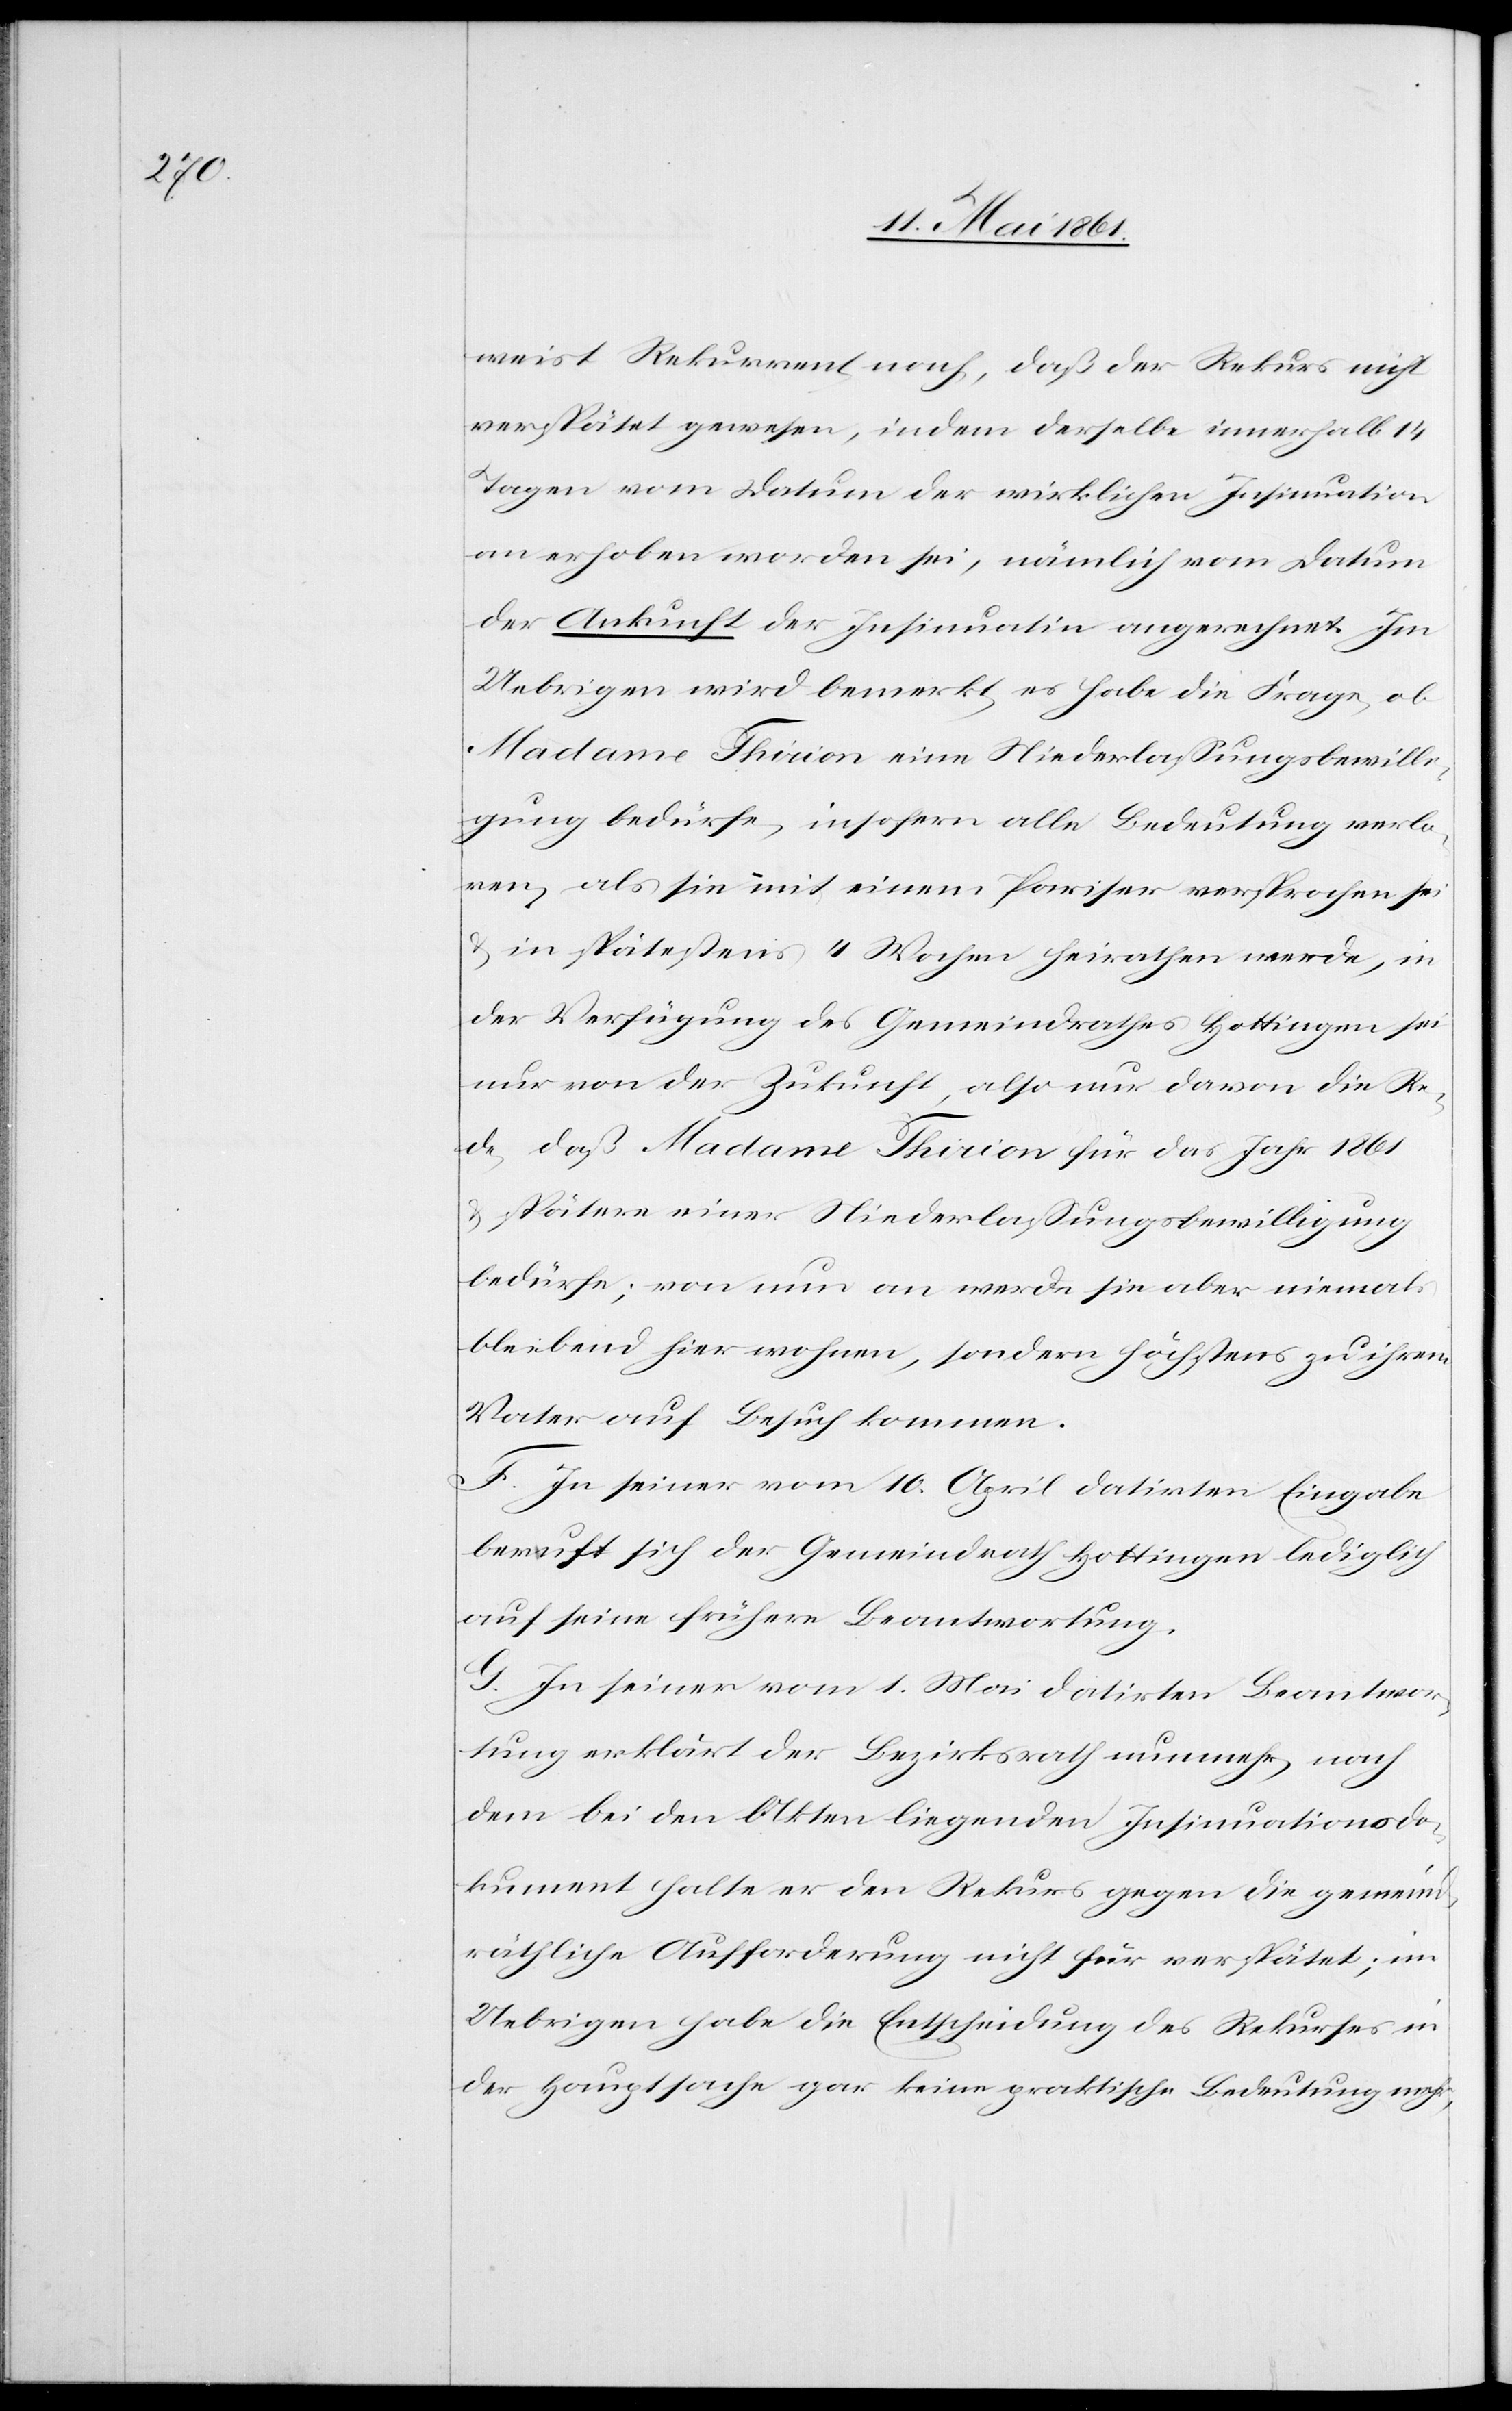
weist Rekurrent nach, daß der Rekurs nicht
verspätet gewesen, indem derselbe innerhalb 14
Tagen vom Datum der wirklichen Insinuation
an erhoben worden sei, nämlich vom Datum
der Ankunft der Insinuation angerechnet. Im
Uebrigen wird bemerkt, es habe die Frage, ob
Madame Thirion eine Niederlassungsbewilli¬
gung bedürfe, insofern alle Bedeutung verlo¬
ren, als sie mit einem Pariser versprochen sei
u. in spätestens 4 Wochen heirathen werde, in
der Verfügung des Gemeindrathes Hottingen sei
nur von der Zukunft, also nur davon die Re¬
de, daß Madame Thirion für das Jahr 1861
u. spätere einer Niederlassungsbewilligung
bedürfe; von nun an werde sie aber niemals
bleibend hier wohnen, sondern höchstens zu ihrem
Vater auf Besuch kommen.
F. In seiner vom 10. April datirten Eingabe
beruft sich der Gemeindrath Hottingen lediglich
auf seine frühere Beantwortung.
G. In seiner vom 1. Mai datirten Beantwor¬
tung erklärt der Bezirksrath nunmehr nach
dem bei den Akten liegenden Insinuationsdo¬
kument halte er den Rekurs gegen die gemeind¬
räthliche Aufforderung nicht für verspätet, im
Uebrigen habe die Entscheidung des Rekurses in
der Hauptsache gar keine praktische Bedeutung mehr,